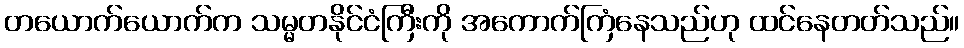
တယောက်ယောက်က သမ္မတနိုင်ငံကြီးကို အကောက်ကြံနေသည်ဟု ထင်နေတတ်သည်။